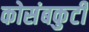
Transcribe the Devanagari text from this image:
कोसंबकुटी